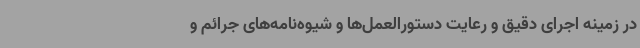
در زمینه اجرای دقیق و رعایت دستورالعمل‌ها و شیوه‌نامه‌های جرائم و